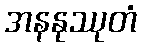
အနနုဿုတံ